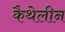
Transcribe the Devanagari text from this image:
कैथेलीन